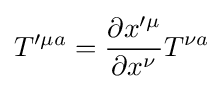
T'^{\mu a}={\frac {\partial x'^{\mu }}{\partial x^{\nu }}}T^{\nu a}